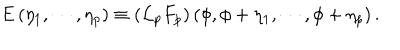
LaTeX: \mathrm { E } \left( \eta _ { 1 } , \cdots , \eta _ { p } \right) \equiv \left( { \cal L } _ { p } F _ { p } \right) \left( \phi , \phi + \eta _ { 1 } , \cdots , \phi + \eta _ { p } \right) .